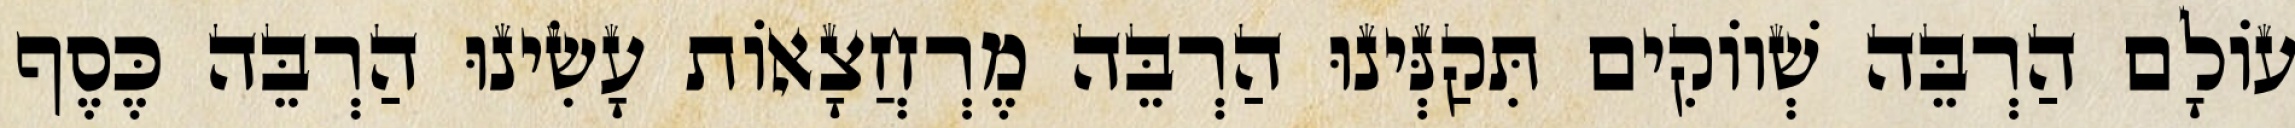
עוֹלָם הַרְבֵּה שְׁווֹקִים תִּקַנְּינוּ הַרְבֵּה מֶרְחֲצָאוֹת עָשִׂינוּ הַרְבֵּה כֶּסֶף